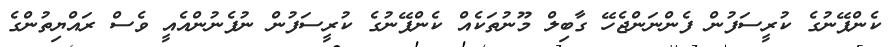
ކެންޕޭނުގެ ކުރީސަފުން ފެންނަންޖެހޭ ގާބިލް މޫނުތަކެއް ކެންޕޭނުގެ ކުރީސަފުން ނުފެނުންއެއީ ވެސް ރައްޔިތުންގެ